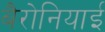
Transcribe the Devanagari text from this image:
बैरोनियाई